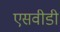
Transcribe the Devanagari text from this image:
एसवीडी